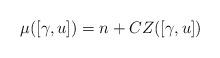
LaTeX: \begin{align*}\mu([\gamma, u])= n+ CZ([\gamma, u])\end{align*}